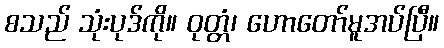
စသည် သုံးပုဒ်ကို။ ဝုတ္တံ၊ ဟောတော်မူအပ်ပြီ။